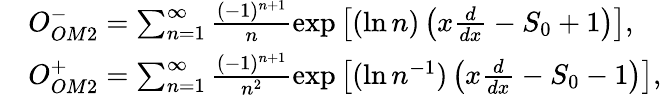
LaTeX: \begin{array}{rl}&{O_{OM2}^{-}=\sum_{n=1}^{\infty}\frac{(-1)^{n+1}}{n}\exp\left[(\ln n)\left(x\frac{d}{dx}-S_{0}+1\right)\right],}\\ &{O_{OM2}^{+}=\sum_{n=1}^{\infty}\frac{(-1)^{n+1}}{n^{2}}\exp\left[(\ln n^{-1})\left(x\frac{d}{dx}-S_{0}-1\right)\right],}\end{array}